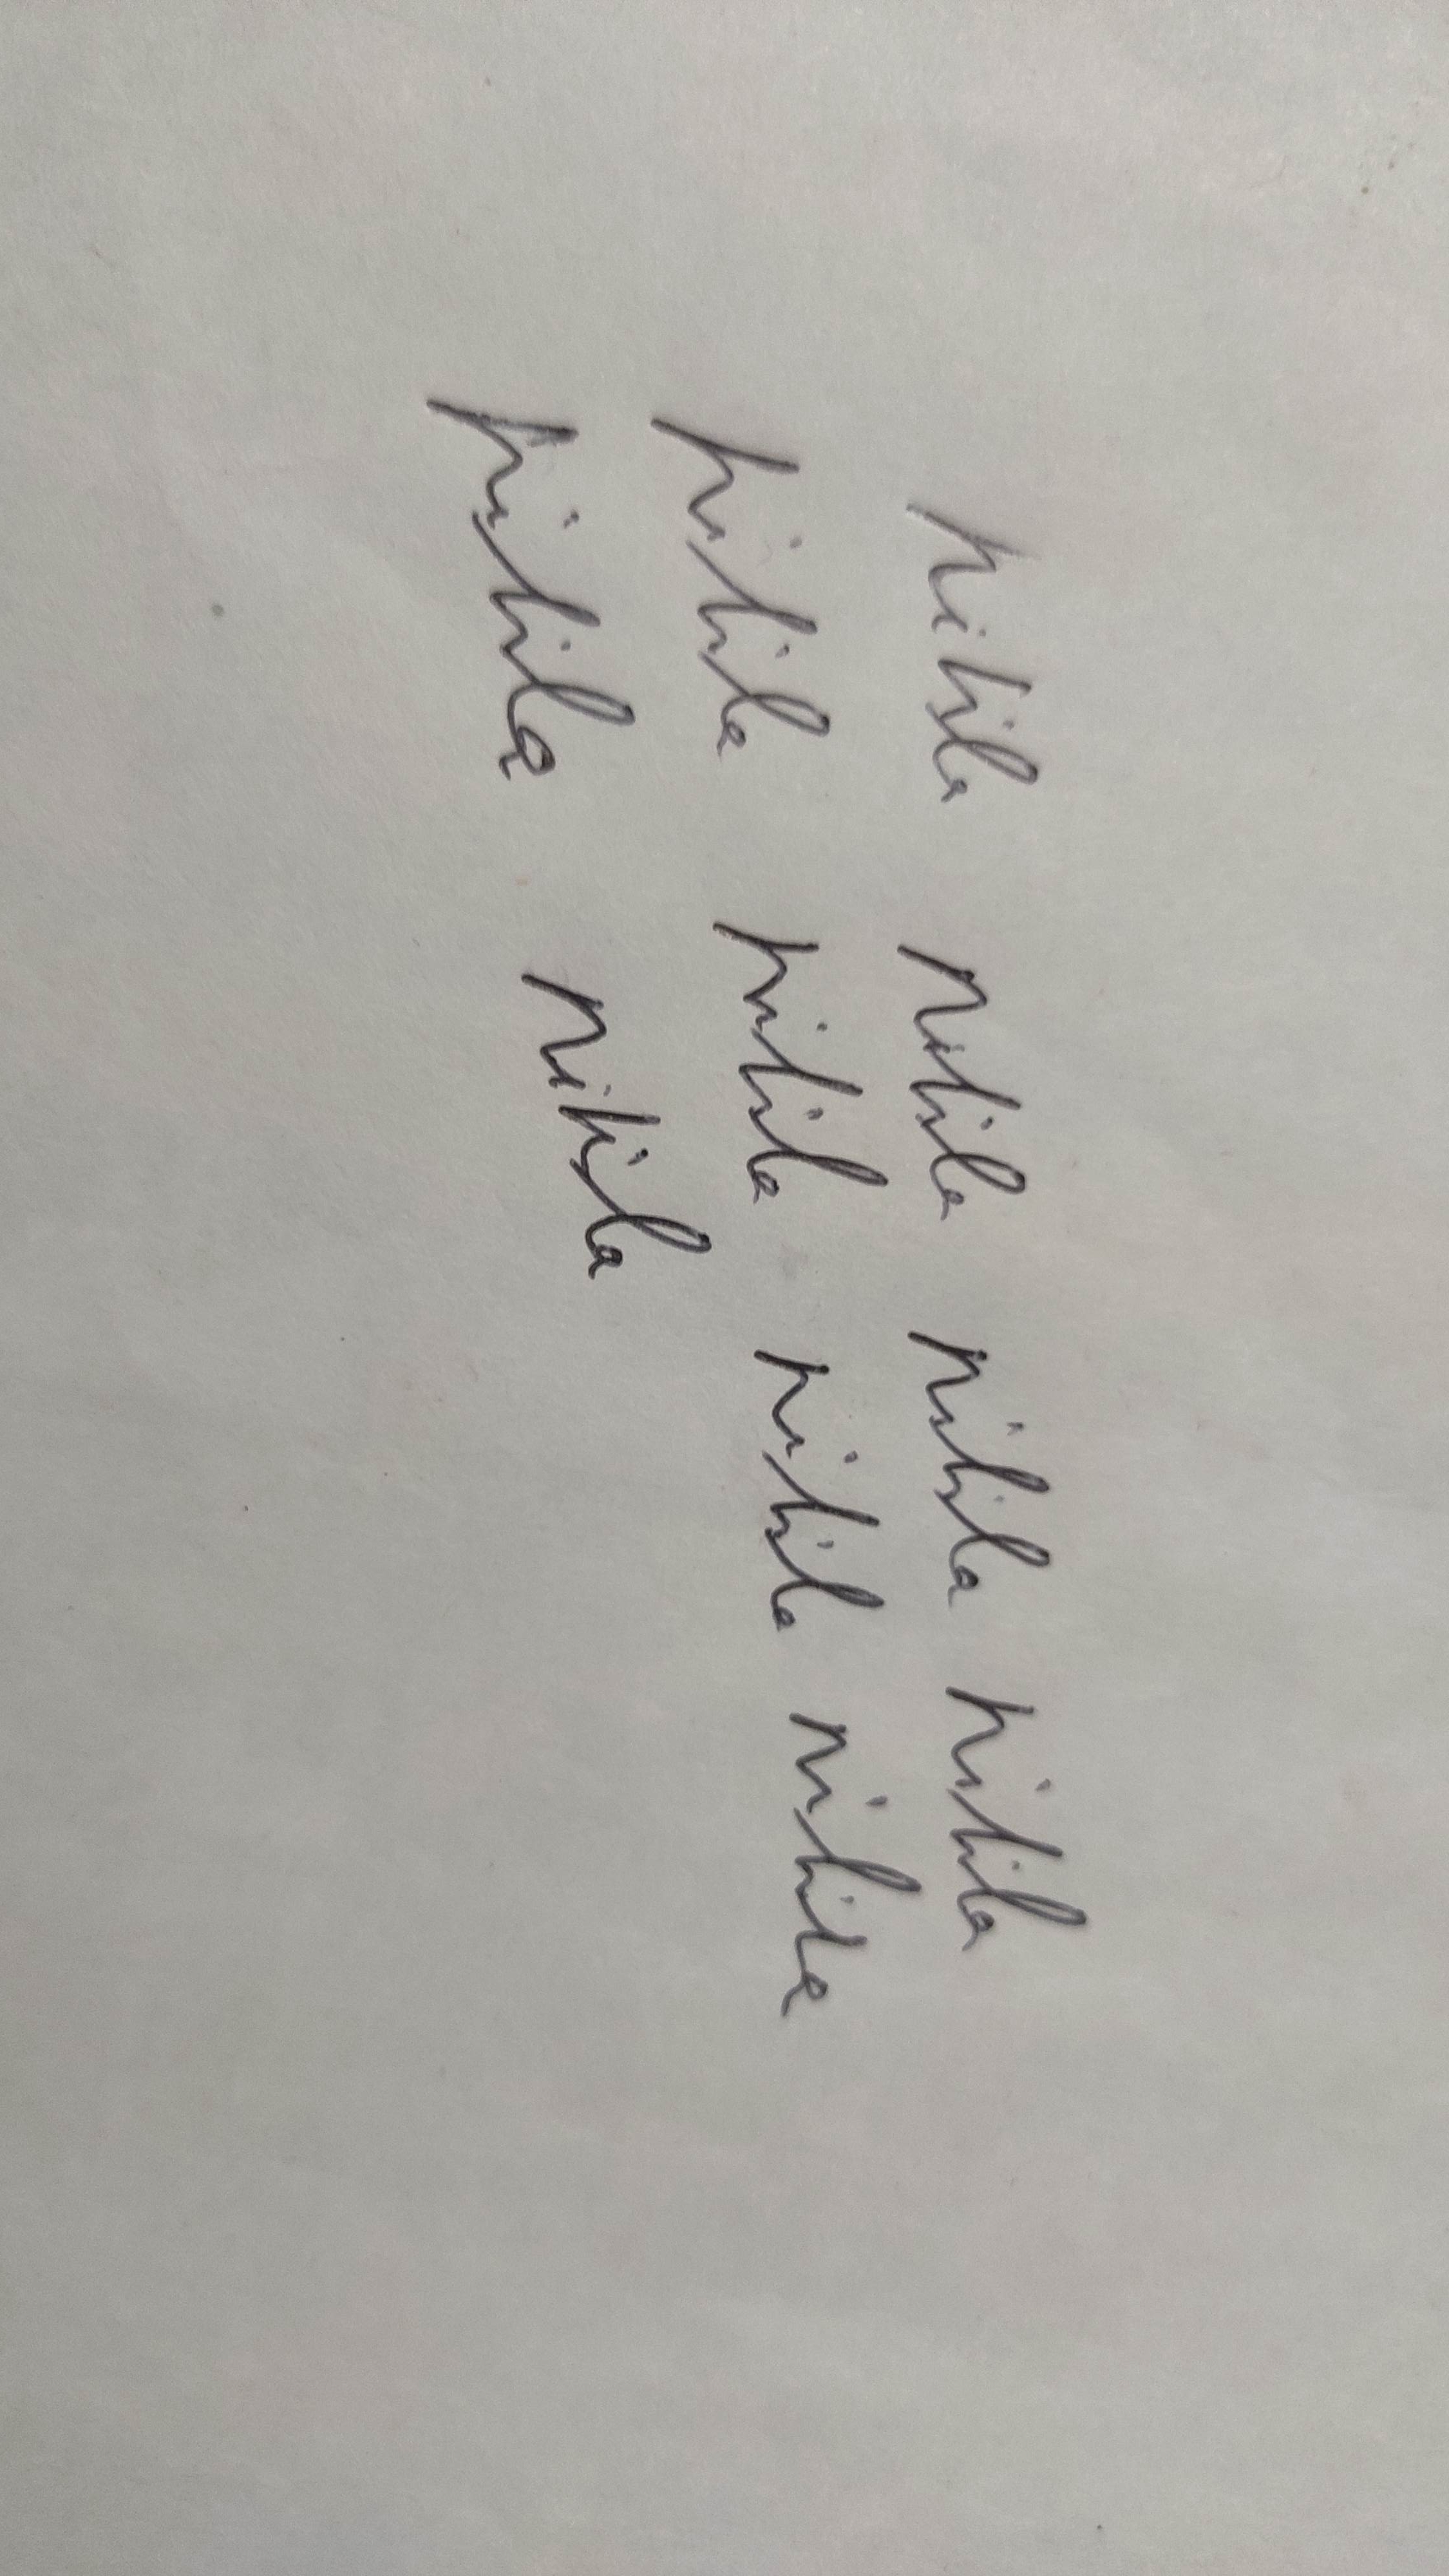
Signature authenticity: genuine